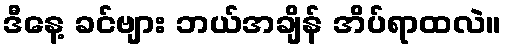
ဒီနေ့ ခင်ဗျား ဘယ်အချိန် အိပ်ရာထလဲ။